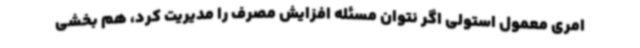
امری معمول استولی اگر نتوان مسئله افزایش مصرف را مدیریت کرد، هم بخشی